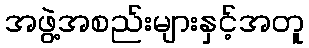
အဖွဲ့အစည်းများနှင့်အတူ